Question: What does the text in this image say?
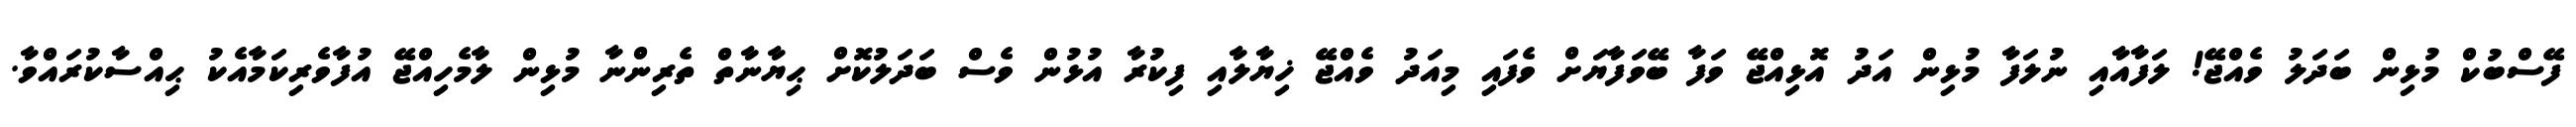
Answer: ފޭސްބުކް މުޅިން ބަދަލު ވެއްޖޭ! ލަފާއާއި ނުލަފާ މުޅިން އަދު އޮޅިއްޖޭ ވަފާ ބޭވަފާޔަށް ވެފައި މިއަދު ވެއްޖޭ ޚިޔާލާއި ފިކުރާ އުޅުން ވެސް ބަދަލުކޮށް ޙިޔާނާތް ތެރިންނާ މުޅިން ލާމެހިއްޖޭ އުފާވެރިކަމާއެކު ޙިއްސާކުރައްވާ.